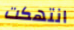
انتهكت